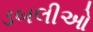
ડબલીઓ